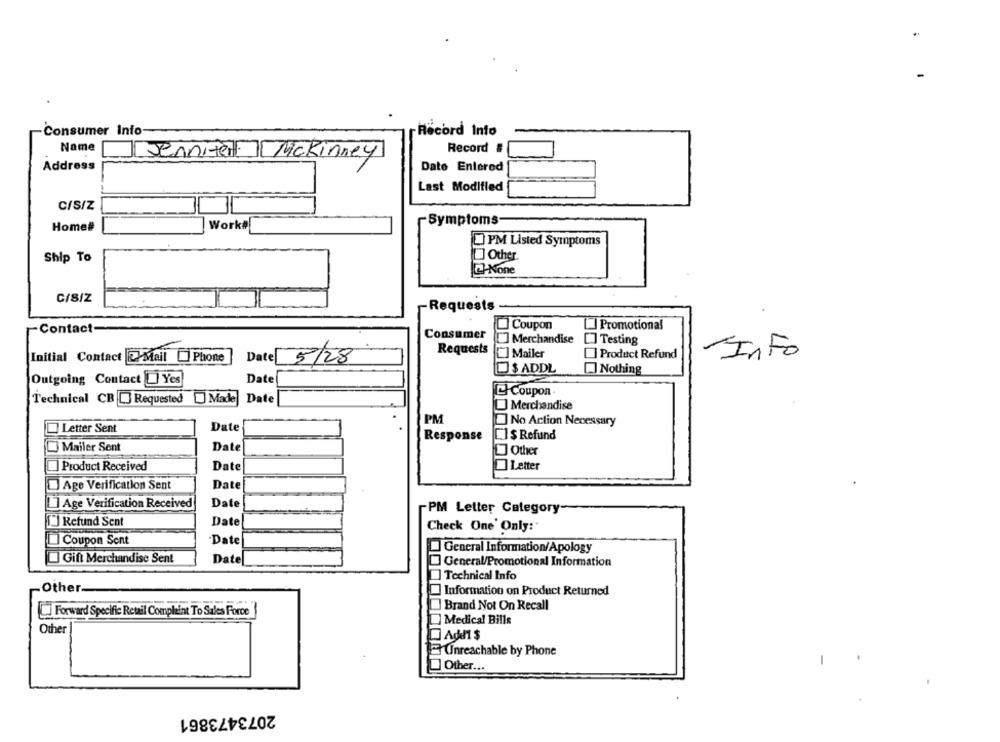
Consumer Info-
Record Into
Nome
Record #
Jennifer [Mckinney
Address
Date Entered
Last Modified
C/S/Z
Symptoms
Home#
Work#
PM Listed Symptoms
Ship To
] Other
-None
C/SIZ
Requests
Coupon
[] Promotional
-Contact-
Consumer
"] Merchandise
[] Testing
Requests
] Mailer
[] Product Refund
Info
Initial Contact Mail Phone
Date
5/28
$ ADDL
Nothing
Outgoing Contact _ Yes
Date
Coupon
Technical CBJ Requested Made Date
Merchandise
PM
] No Action Necessary
Letter Sent
Date
.
Response
LI $ Refund
Mailer Sent
Date
Other
Product Received
Date
Letter
Age Verification Sent
Date
Age Verification Received
Date
PM Letter Category-
J Refund Sent
Date
Check One' Only:
Coupon Sent
Date
General Information/Apology
Gift Merchandise Sent
Datel
General/Promotional Information
Technical Info
Other
Information on Product Returned
Brand Not On Recall
Forward Specific Retail Complaint To Sales Force
Medical Bills
Other
Add1 $
- Unreachable by Phone
Other ...
2073473861